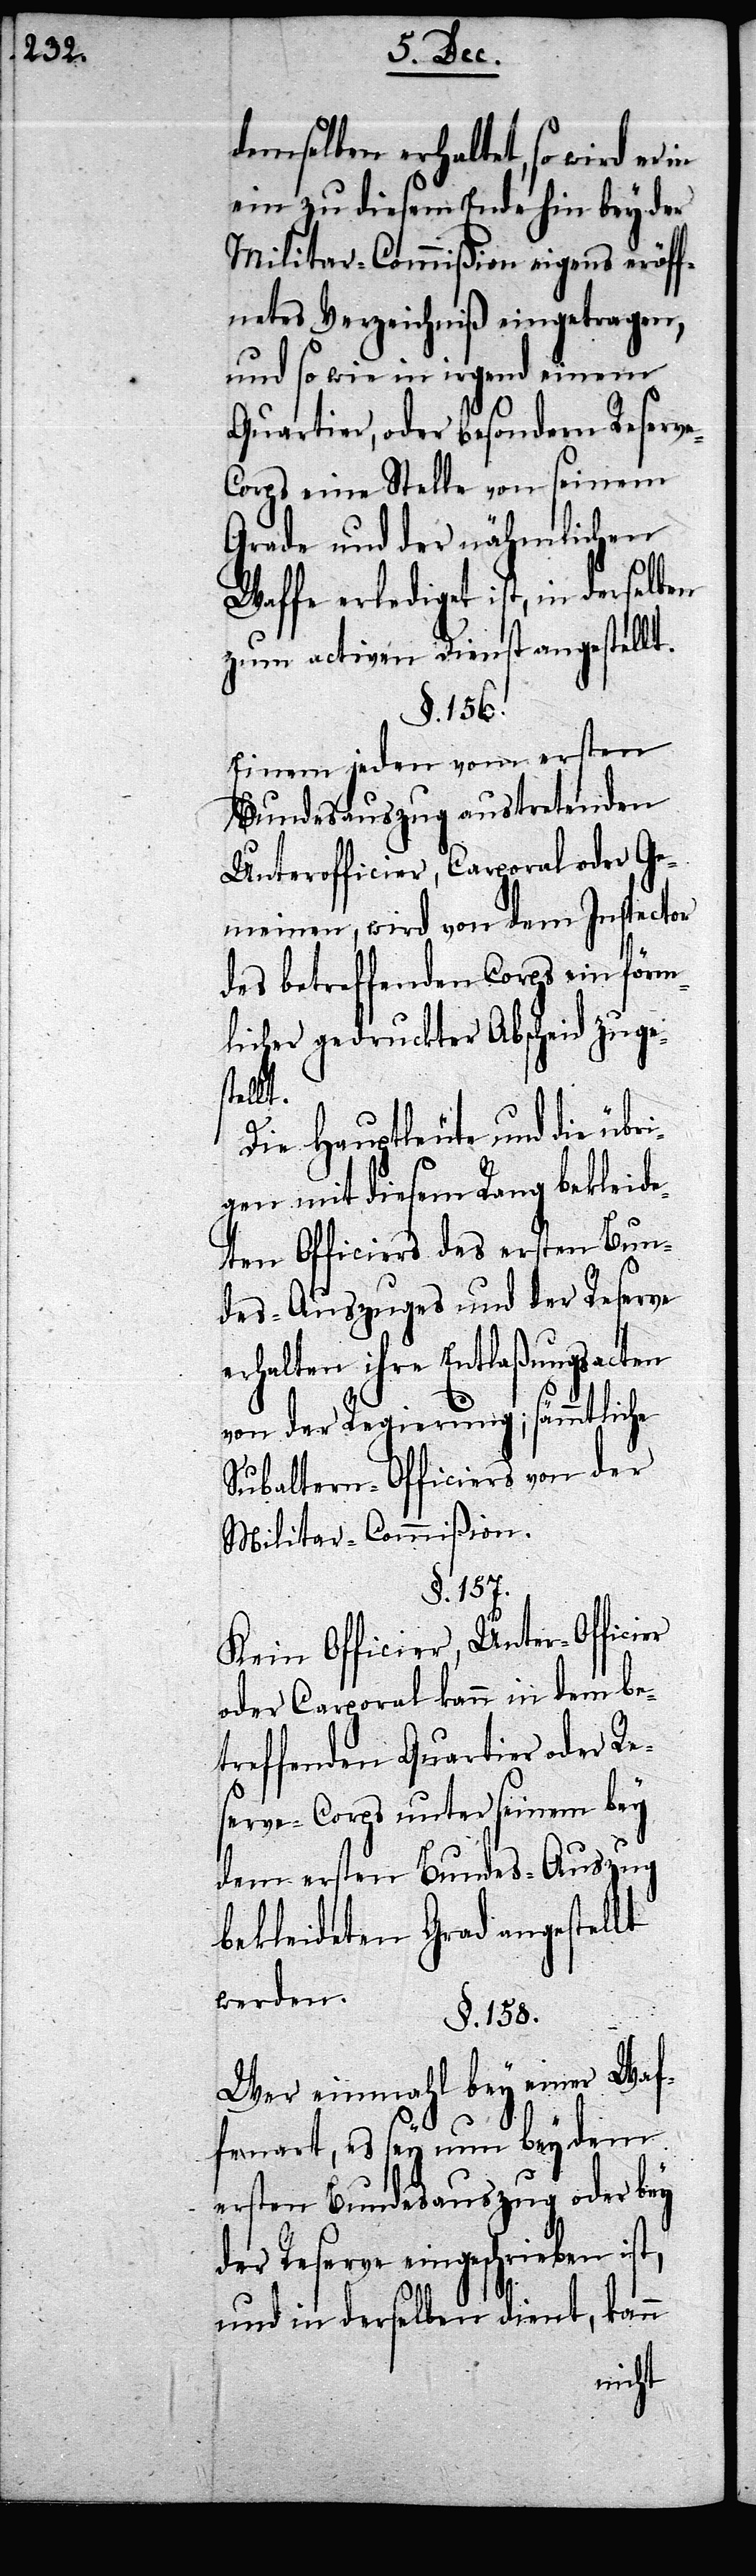
demselben erhaltet, so wird er
ein zu diesem Ende hin bey der
Militar-Commißion eigens eröff¬
netes Verzeichniß eingetragen,
und so wie in irgend einem
Quartier, oder besonderm Reserv¬
e-Corps eine Stelle von seinem
Grade und der nähmlichen
Waffe erlediget ist, in derselben
zum activen Dienst angestellt.
§. 156.
Einem jeden vom ersten
Bundesauszug austretenden
Unterofficier, Carporal oder Ge¬
meinen, wird von dem Inspector
des betreffenden Corps ein förm¬
licher gedruckter Abscheid zuges¬
tellt.
Die Hauptleute und die übri¬
gen mit diesem Rang bekleide¬
ten Officiers des ersten Bun¬
des-Auszuges und der Reserve
erhalten ihre Entlaßungsacten
von der Regierung; sämmtliche
Subaltern-Officiers von der
Militar-Commißion.
§. 157.
Kein Officier, Unter-Officier
oder Carporal kann in dem be¬
treffenden Quartier oder Re¬
serve-Corps unter seinem bey
dem ersten Bundes-Auszug
bekleideten Grad angestellt
werden.
§. 158.
Wer einmahl bey einer Waf¬
fenart, es sey nun bey dem
ersten Bundesauszug oder bey
der Reserve eingeschrieben ist,
und in derselben dient, kann